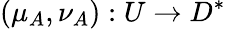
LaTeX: (\mu_{A},\nu_{A}):U\to D^{*}